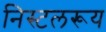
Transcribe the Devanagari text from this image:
निस्टलरूय